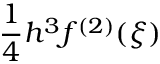
{ \frac { 1 } { 4 } } h ^ { 3 } f ^ { ( 2 ) } ( \xi )